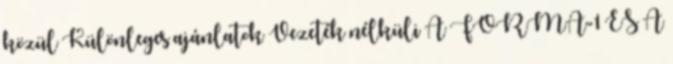
közül Különleges ajánlatok Vezeték nélküli A FORMA-1 ÉS A